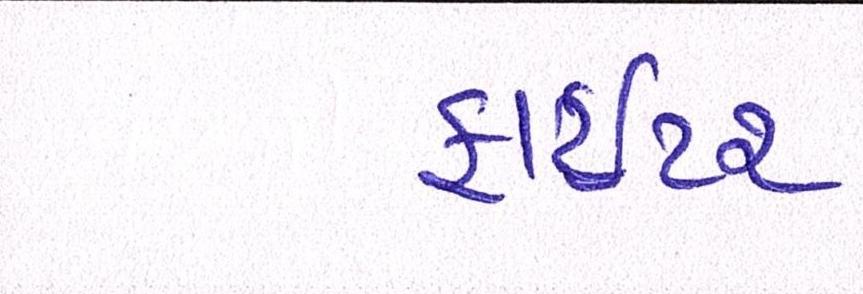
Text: ફાઈટર